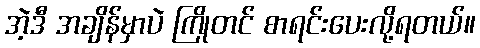
အဲ့ဒီ အချိန်မှာပဲ ကြိုတင် စာရင်းပေးလို့ရတယ်။